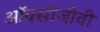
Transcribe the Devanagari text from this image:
ऑक्सीजीवी